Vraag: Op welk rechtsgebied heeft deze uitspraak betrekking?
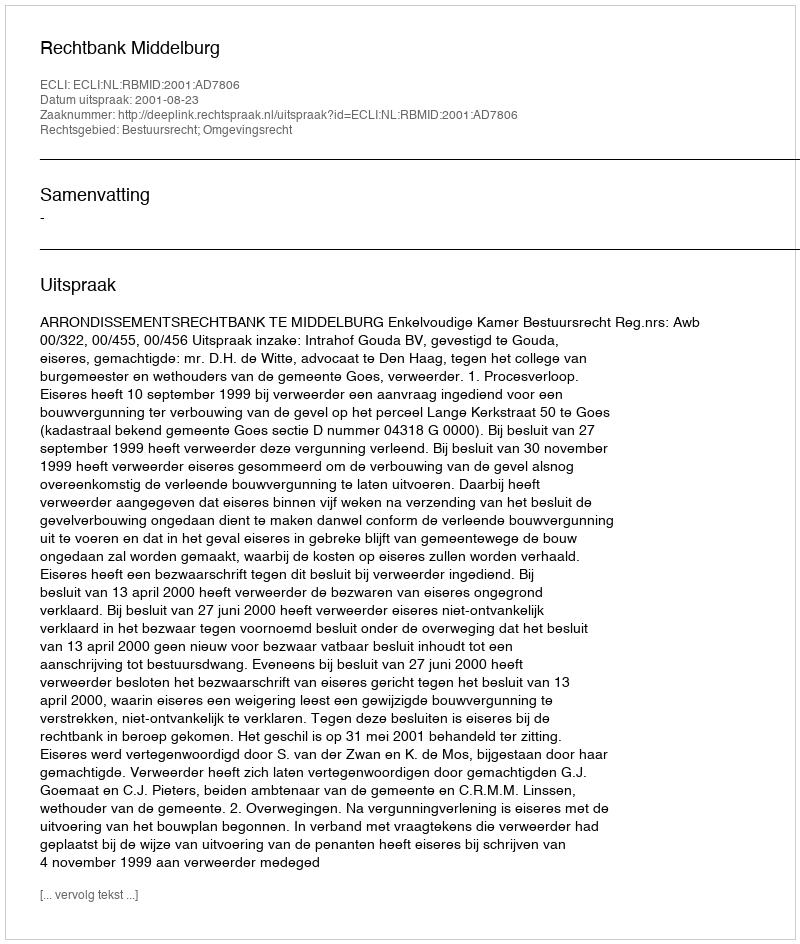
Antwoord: Bestuursrecht; Omgevingsrecht